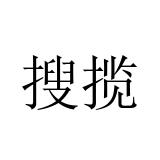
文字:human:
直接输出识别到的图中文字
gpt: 搜揽